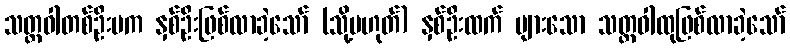
သတ္တဝါတစ်ဦးမက နှစ်ဦးဖြစ်လာခဲ့သော် (သို့မဟုတ်) နှစ်ဦးထက် များသော သတ္တဝါထုဖြစ်လာခဲ့သော်